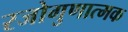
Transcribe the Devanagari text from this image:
रजोगुणात्मक